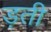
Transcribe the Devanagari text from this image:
ड़ती